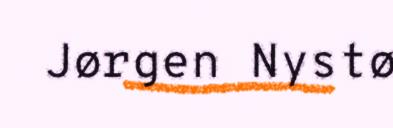
Jørgen Nystø